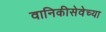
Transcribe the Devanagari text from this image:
वानिकीसेवेच्या